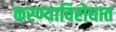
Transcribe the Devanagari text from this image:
करण्याविरोधात